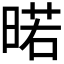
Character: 𭦲